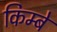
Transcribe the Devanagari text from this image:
किम्बे